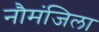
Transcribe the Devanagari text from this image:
नौमंजिला